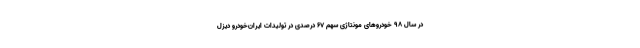
در سال ۹۸ خودروهای مونتاژی سهم ۶۷ درصدی در تولیدات ایران‌خودرو دیزل